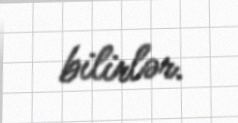
bilirlər.